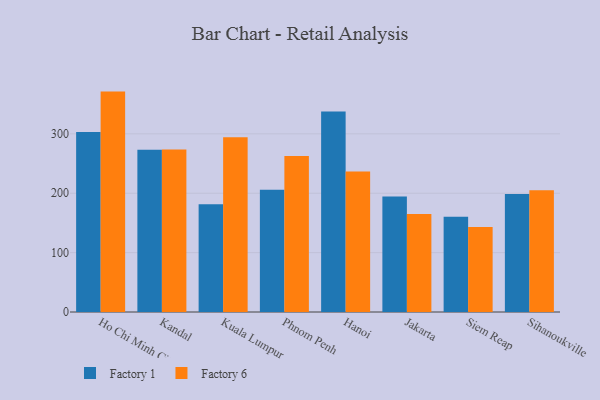
{"axis": {"x": "City", "y": "Churn Rate (%)"}, "legend": ["Factory 1", "Factory 6"], "data": [{"x": "Ho Chi Minh City", "y": 303.0, "type": "Factory 1"}, {"x": "Ho Chi Minh City", "y": 371.1, "type": "Factory 6"}, {"x": "Kandal", "y": 273.1, "type": "Factory 1"}, {"x": "Kandal", "y": 273.6, "type": "Factory 6"}, {"x": "Kuala Lumpur", "y": 181.4, "type": "Factory 1"}, {"x": "Kuala Lumpur", "y": 294.4, "type": "Factory 6"}, {"x": "Phnom Penh", "y": 205.8, "type": "Factory 1"}, {"x": "Phnom Penh", "y": 262.7, "type": "Factory 6"}, {"x": "Hanoi", "y": 337.4, "type": "Factory 1"}, {"x": "Hanoi", "y": 236.6, "type": "Factory 6"}, {"x": "Jakarta", "y": 194.3, "type": "Factory 1"}, {"x": "Jakarta", "y": 165.2, "type": "Factory 6"}, {"x": "Siem Reap", "y": 160.3, "type": "Factory 1"}, {"x": "Siem Reap", "y": 143.3, "type": "Factory 6"}, {"x": "Sihanoukville", "y": 198.5, "type": "Factory 1"}, {"x": "Sihanoukville", "y": 205.1, "type": "Factory 6"}]}